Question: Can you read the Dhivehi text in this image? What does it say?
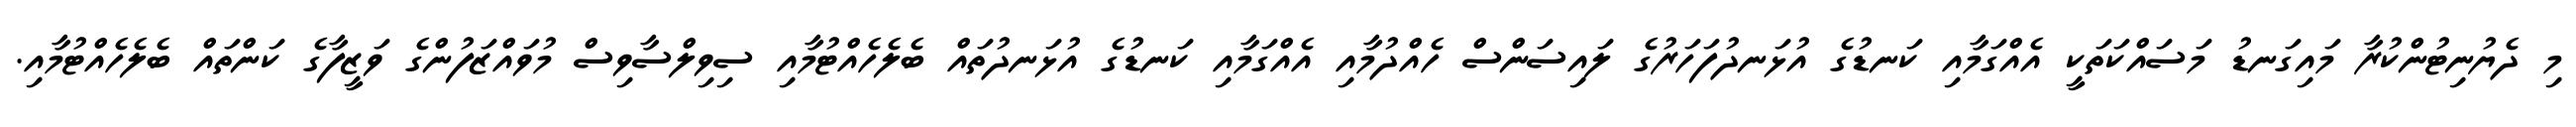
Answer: މި ދެޔުނިޓުންކުރާ މައިގަނޑު މަސައްކަތަކީ އެއްގަމާއި ކަނޑުގެ އުޅަނދުފަހަރުގެ ލައިސަންސް ހެއްދުމާއި އެއްގަމާއި ކަނޑުގެ އުޅަނދުތައް ބެލެހެއްޓުމާއި ސިވިލްސާވިސް މުވައްޒަފުންގެ ވަޒީފާގެ ކަންތައް ބެލެހެއްޓުމާއި.